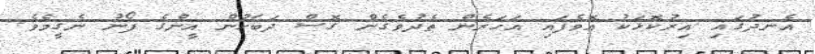
އެނދުގައި އިރުކޮޅަކު އޮވެފައި އަހަރެން ތެދުވެގެން ގޮސް ދަބަހުން އީންގެ ފޯނު ނެގީމެވެ.